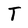
Character: T